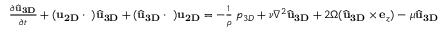
\begin{array} { r } { \frac { \partial \widehat { \bf u } _ { \bf 3 D } } { \partial t } + ( { \bf u } _ { \bf 2 D } \cdot { \bf \nabla } ) \widehat { \bf u } _ { \bf 3 D } + ( \widehat { \bf u } _ { \bf 3 D } \cdot { \bf \nabla } ) { \bf u } _ { \bf 2 D } = - \frac { 1 } { \rho } { \bf \nabla } p _ { 3 D } + \nu \nabla ^ { 2 } \widehat { \bf u } _ { \bf 3 D } + 2 \Omega ( \widehat { \bf u } _ { \bf 3 D } \times { \bf e } _ { z } ) - \mu \widehat { \bf u } _ { \bf 3 D } } \end{array}